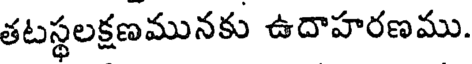
తటస్థలక్షణమునకు ఉదాహరణము.